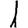
Digit: 1